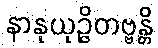
နာနုယုဉ္ဇိတဗ္ဗန္တိ